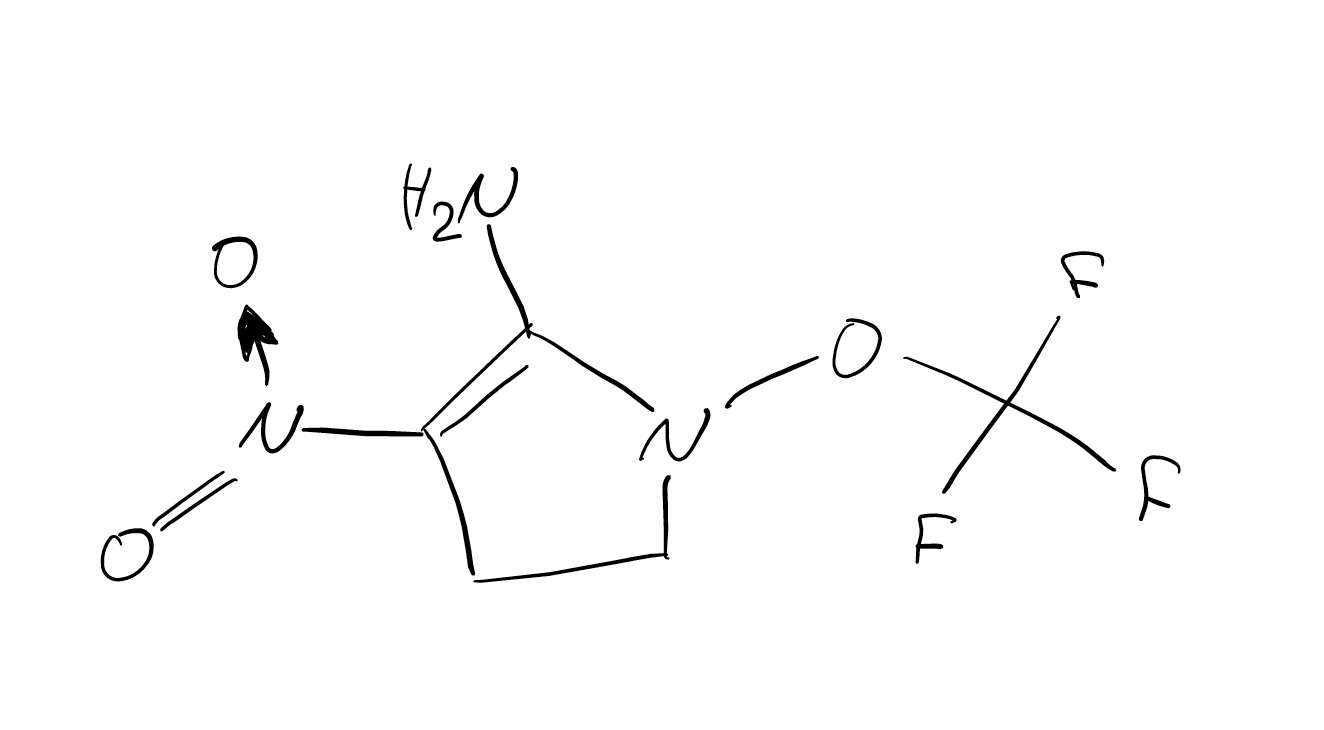
Simplified molecular-input line-entry system (SMILES) notation of the given molecule:
C1CN(C(=C1[N+](=O)[O-])N)OC(F)(F)F